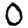
Digit: 0